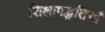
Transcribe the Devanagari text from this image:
शिक्षापद्धतियाँ